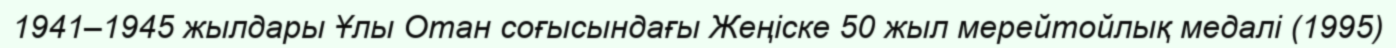
1941–1945 жылдары Ұлы Отан соғысындағы Жеңіске 50 жыл мерейтойлық медалі (1995)